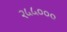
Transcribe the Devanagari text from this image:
२५५०००